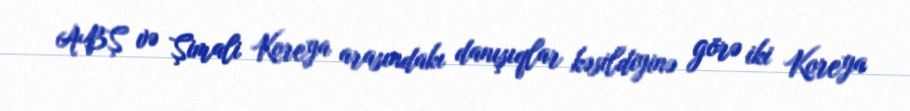
ABŞ və Şimali Koreya arasındakı danışıqlar kəsildiyinə görə iki Koreya